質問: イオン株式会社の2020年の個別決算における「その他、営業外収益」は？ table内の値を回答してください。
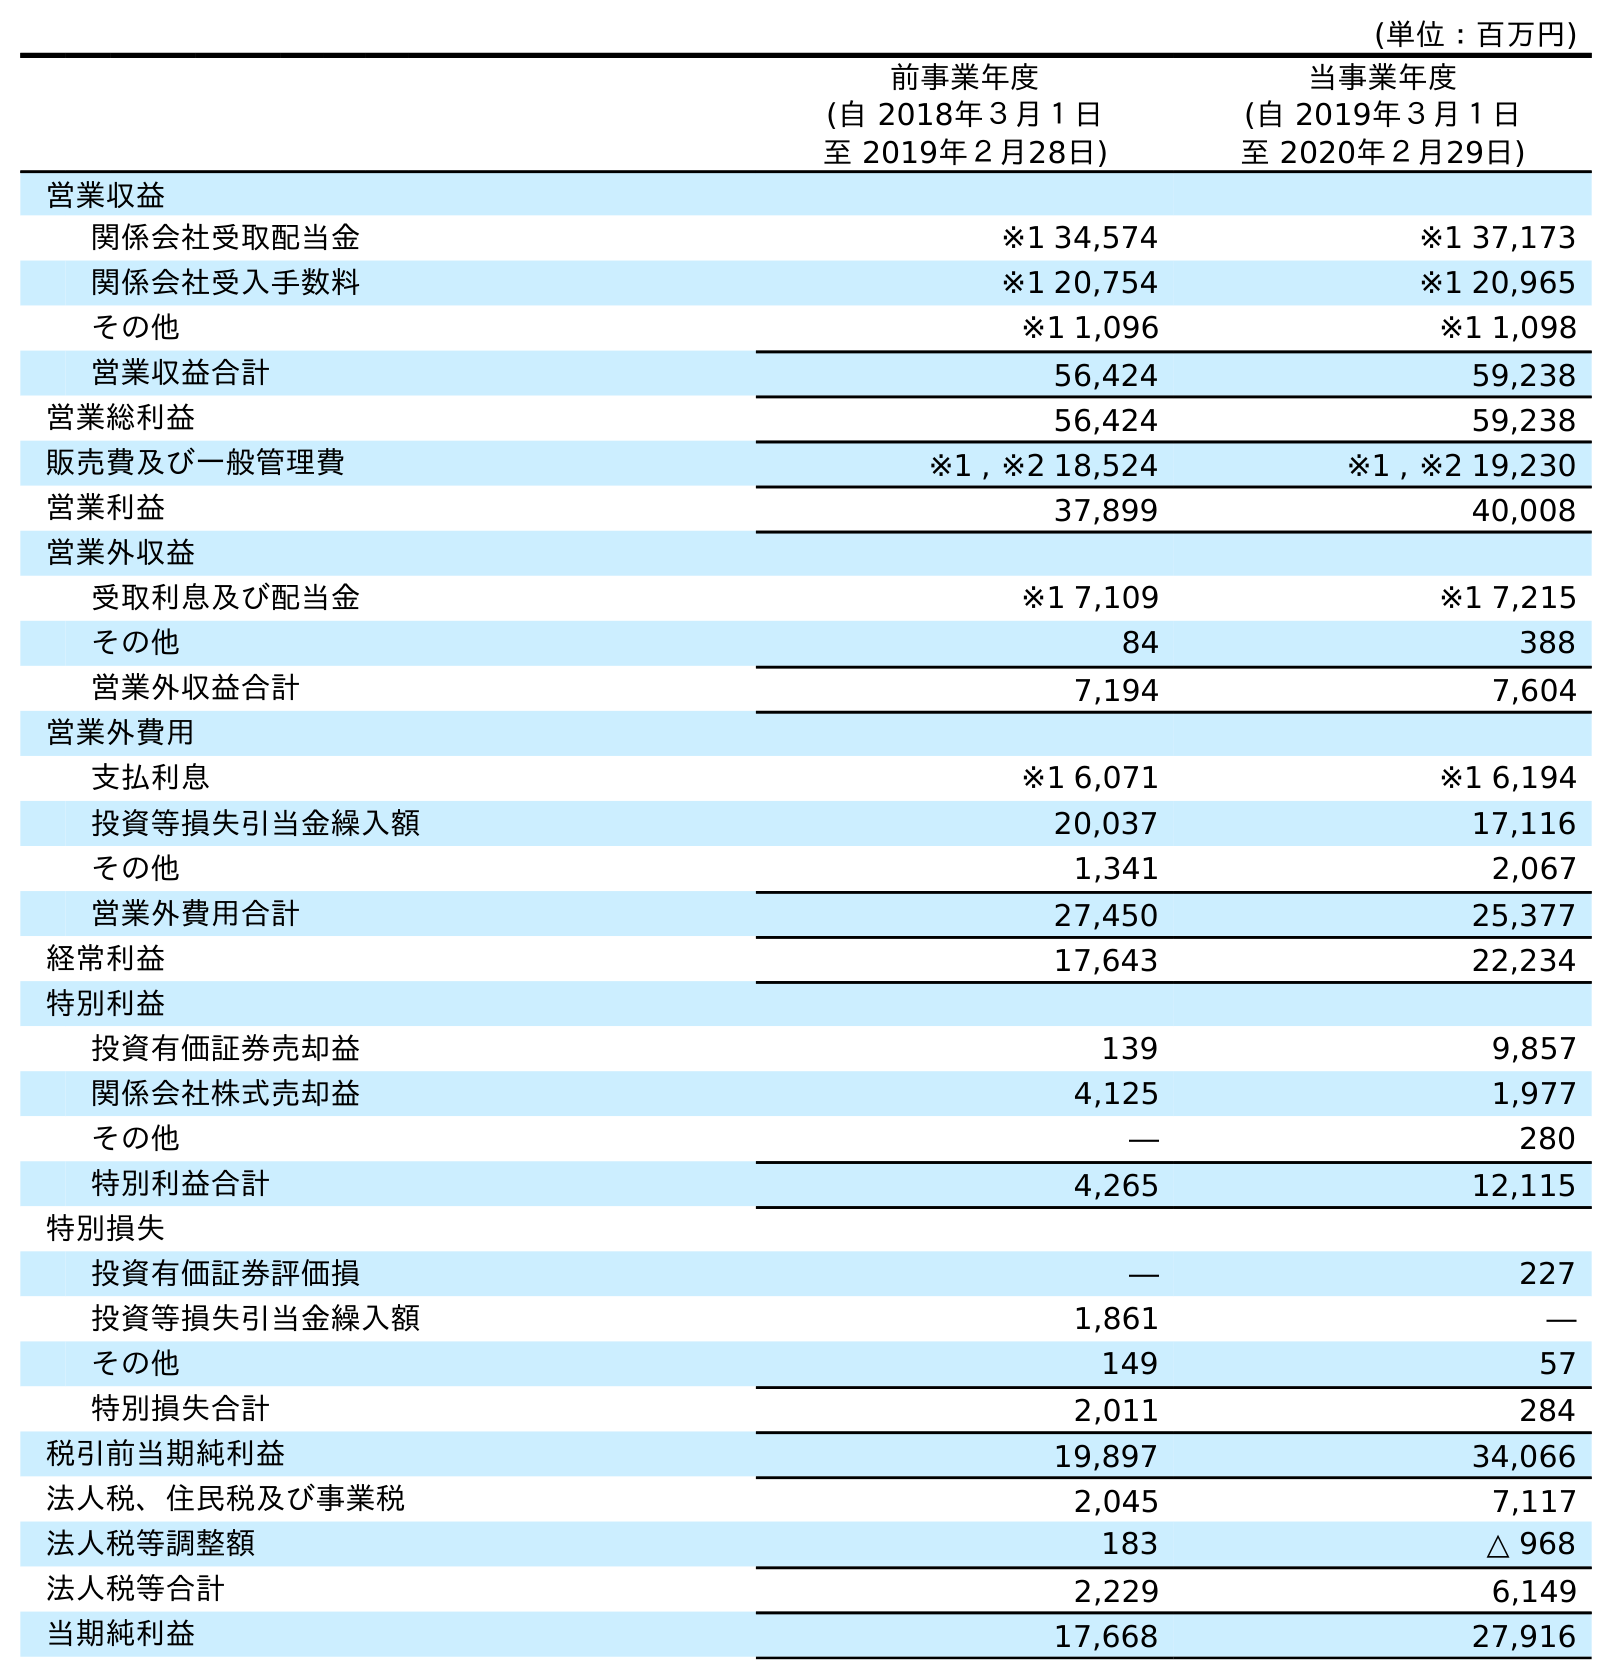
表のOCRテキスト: (単位：百万円) 前事業年度 (自 2018年３月１日 至 2019年２月28日) 当事業年度 (自 2019年３月１日 至 2020年２月29日) 営業収益 関係会社受取配当金 ※1 34,574 ※1 37,173 関係会社受入手数料 ※1 20,754 ※1 20,965 その他 ※1 1,096 ※1 1,098 営業収益合計 56,424 59,238 営業総利益 56,424 59,238 販売費及び一般管理費 ※1 , ※2 18,524 ※1 , ※2 19,230 営業利益 37,899 40,008 営業外収益 受取利息及び配当金 ※1 7,109 ※1 7,215 その他 84 388 営業外収益合計 7,194 7,604 営業外費用 支払利息 ※1 6,071 ※1 6,194 投資等損失引当金繰入額 20,037 17,116 その他 1,341 2,067 営業外費用合計 27,450 25,377 経常利益 17,643 22,234 特別利益 投資有価証券売却益 139 9,857 関係会社株式売却益 4,125 1,977 その他 ― 280 特別利益合計 4,265 12,115 特別損失 投資有価証券評価損 ― 227 投資等損失引当金繰入額 1,861 ― その他 149 57 特別損失合計 2,011 284 税引前当期純利益 19,897 34,066 法人税、住民税及び事業税 2,045 7,117 法人税等調整額 183 △ 968 法人税等合計 2,229 6,149 当期純利益 17,668 27,916
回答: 388